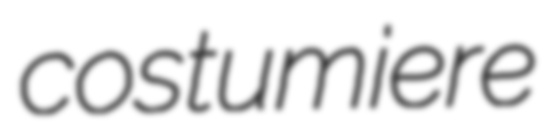
costumiere